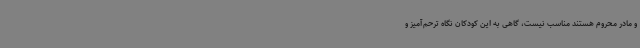
و مادر محروم هستند مناسب نیست، گاهی به این کودکان نگاه ترحم‌آمیز و